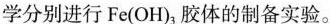
学分别进行Fe(OH)_{3}胶体的制备实验。